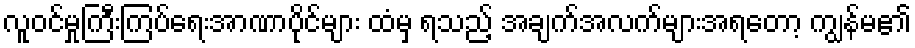
လူဝင်မှုကြီးကြပ်ရေးအာဏာပိုင်များ ထံမှ ရသည့် အချက်အလက်များအရတော့ ကျွန်မ၏